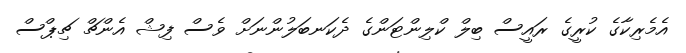
އެމެރިކާގެ ކުރީގެ ރައީސް ބިލް ކްލިންޓަންގެ ދެކަނބަލުންނަށް ވެސް ފިޝް އެންޗް ޗިޕްސް